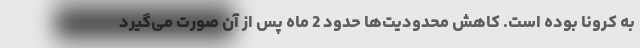
به کرونا بوده است. کاهش محدودیت‌ها حدود 2 ماه پس از آن صورت می‌گیرد